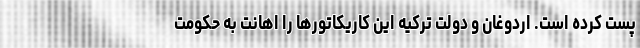
پست کرده است. اردوغان و دولت ترکیه این کاریکاتورها را اهانت به حکومت